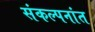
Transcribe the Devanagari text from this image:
संकल्पनांत